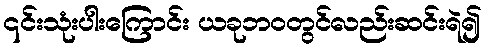
၎င်းသုံးပါးကြောင်း ယခုဘဝတွင်လည်းဆင်းရဲ၍